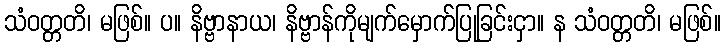
သံဝတ္တတိ၊ မဖြစ်။ ပ။ နိဗ္ဗာနာယ၊ နိဗ္ဗာန်ကိုမျက်မှောက်ပြုခြင်းငှာ။ န သံဝတ္တတိ၊ မဖြစ်။